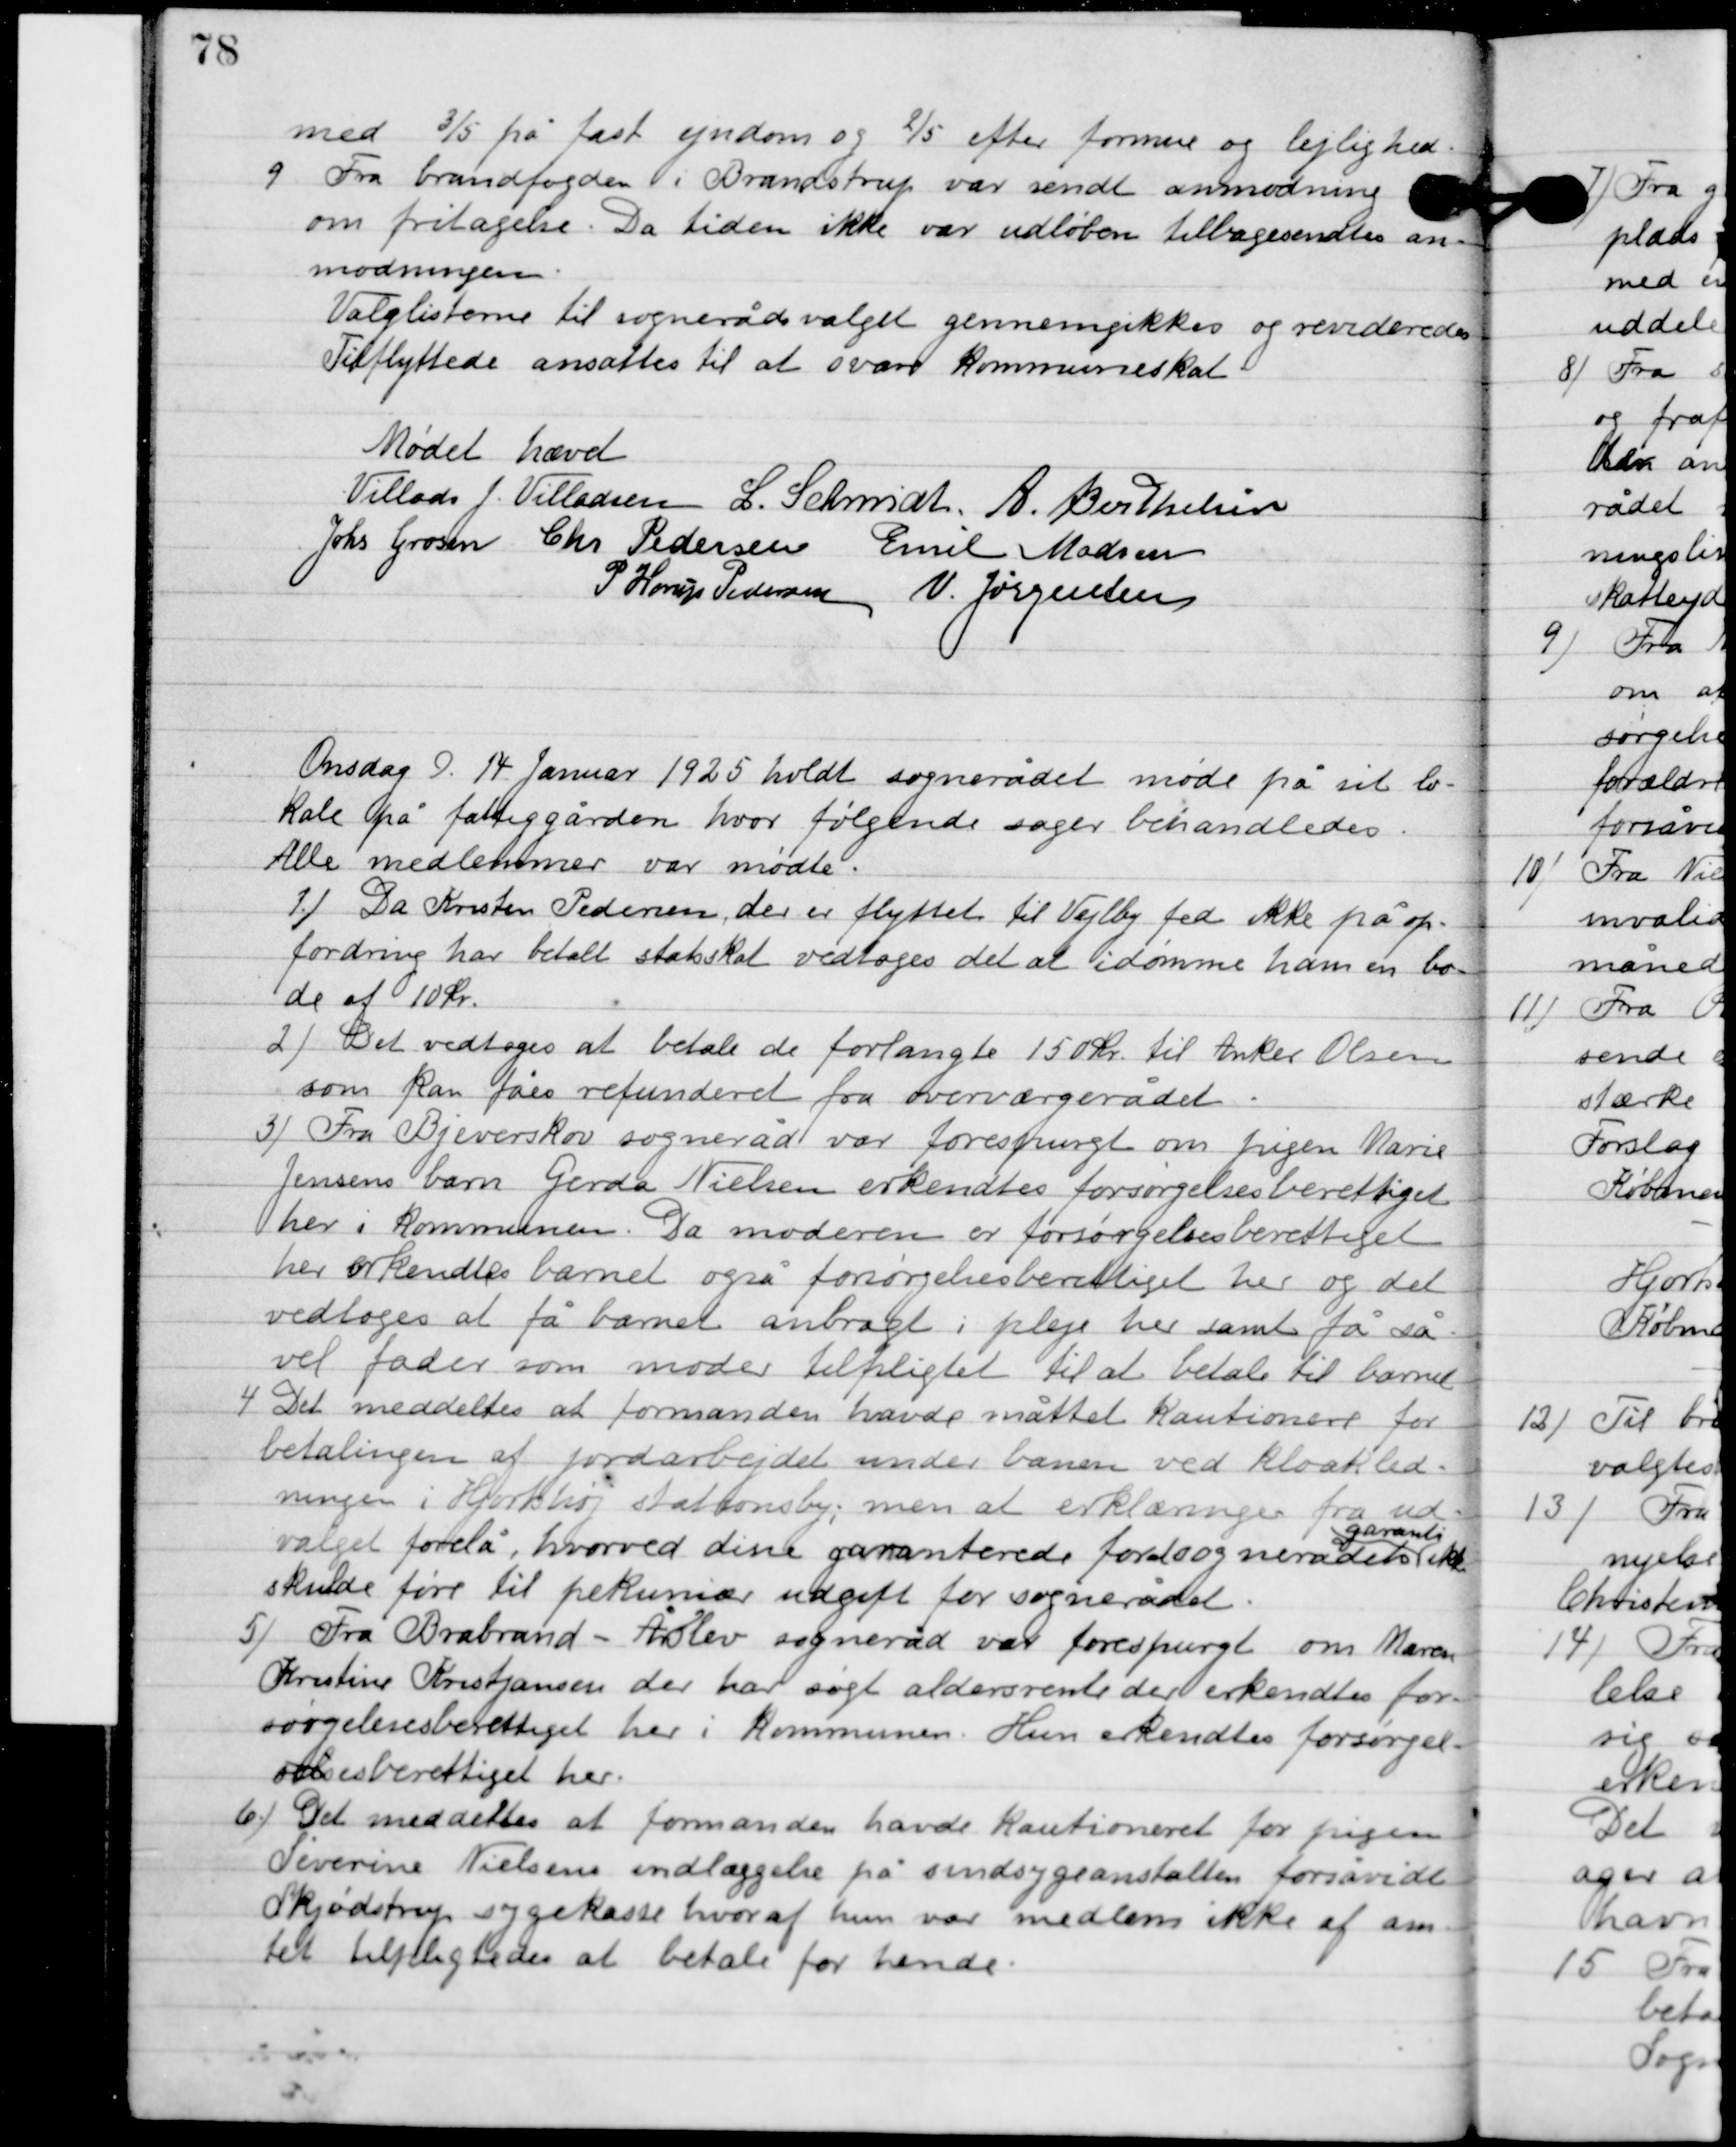
Transskription:
med 3/5 på fast ejendom og 2/5 efter formue og lejlighed.

9.

Fra brandfogeden i Brandstrup var sendt anmodning
om fritagelse. Da tiden ikke var udløben tilbagesendes an-
modningen.
Valglistforme til sognerådsvalget gennemgikkes og revideredes.
Tilflyttede ansættes til at svare kommuneskat.

Mødet hævet

Villads J. Villadsen
l. Schmidt
A. Berthelsen
Johs. Grosen
Chr. Pedersen
Emil Madsen
P. Horup Pedersen
N. Jørgensen

Onsdag D. 14 Januar 1925 holdt sognerådet møde på sit lo-
kale på fattiggården, hvor følgende sager behandledes.
Alle medlemmer var mødte.

1

Da Kristen Pedersen, der er flyttet til Vejlby fed ikke på op-
fordring har betalt statsskat vedtoges det at idømme han en bø-
de af 10 kr.

2

Det vedtoges at betale de forlangte 15 kr. til Anker Olsen
som kan fås refunderet fra overværgerådet.

3

Fra Bjeverskov sogneråd var forespurgt om pigen Marie
Jensens barn Gerda Nielsen erkendtes forsørgelsesberettiget
her i kommunen. Da moderen er forsørgelsesberettiget
 her erkendtes barnet også forsørgelsesberettiget her og det
vedtoges at få barnet anbragt i pleje her samt få så
vel fader som moder tilpligtet til at betale til barnet.

4

Det meddeltes at formanden havde måttet kautionere for
betalingen af jordarbejdet under banen ved kloakled-
ningen i Hjortshøj stationsby; men at erklæringen fra ud-
valget forelå, hvorved dine garanterede for 10 og neradets
garanti
ikke
skulde føre til pekuniær udgift for sognerådet.

5

Fra Brabrand-Årslev sogneråd var forespurgt om Maren
Kristine Kristjansen der har søgt aldersrente der erkendtes for-
sørgelsesberettiget her i kommunen. Hun erkendtes forsørgel-
sesberettiget her.

6

Det meddeltes at formanden havde kautioneret for pigen
Severine Nilsens indlæggelse på sindssygeanstalten forsåvidt
Skjødstrup sygekasse hvoraf hun var medlem ikke af am-
tet tilpligtedes at betale for hende.